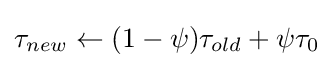
\tau _{new}\leftarrow (1-\psi )\tau _{old}+\psi \tau _{0}